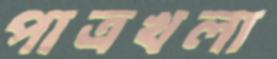
পাত্রখলা